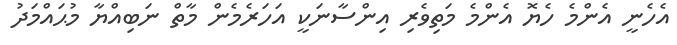
އެހެނީ އެންމެ ހެޔޮ އެންމެ މަތިވެރި އިންސާނަކީ އަހަރެމެން މާތް ނަބިއްޔާ މުޙައްމަދު